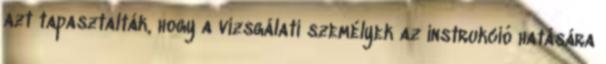
azt tapasztalták, hogy a vizsgálati személyek az instrukció hatására